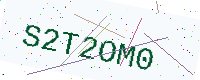
Text: S2T2OM0